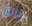
انزلق